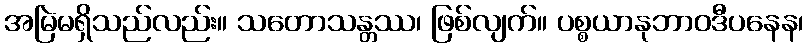
အမြဲမရှိသည်လည်း။ သတောသန္တဿ၊ ဖြစ်လျက်။ ပစ္စယာနုဘာဝဒီပနေန၊